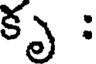
కృ :